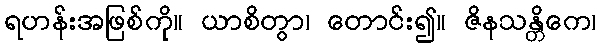
ရဟန်းအဖြစ်ကို။ ယာစိတွာ၊ တောင်း၍။ ဇိနသန္တိကေ၊